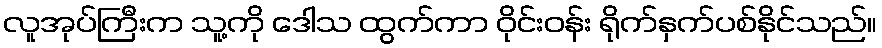
လူအုပ်ကြီးက သူ့ကို ဒေါသ ထွက်ကာ ဝိုင်းဝန်း ရိုက်နှက်ပစ်နိုင်သည်။